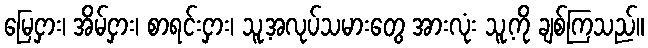
မြေငှား၊ အိမ်ငှား၊ စာရင်းငှား၊ သူ့အလုပ်သမားတွေ အားလုံး သူ့ကို ချစ်ကြသည်။